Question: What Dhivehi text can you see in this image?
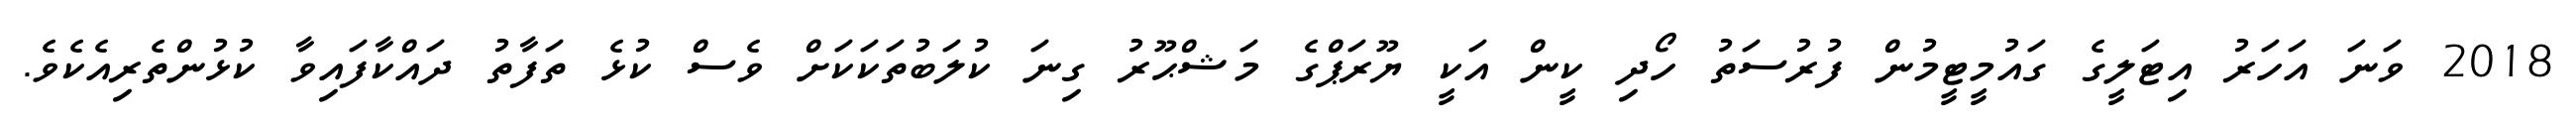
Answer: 2018 ވަނަ އަހަރު އިޓަލީގެ ގައުމީޓީމުން ފުރުސަތު ހޯދި ކީން އަކީ ޔޫރަޕްގެ މަޝްޙޫރު ގިނަ ކުލަބުތަކަކަށް ވެސް ކުޅެ ތަފާތު ދައްކާފައިވާ ކުޅުންތެރިއެކެވެ.